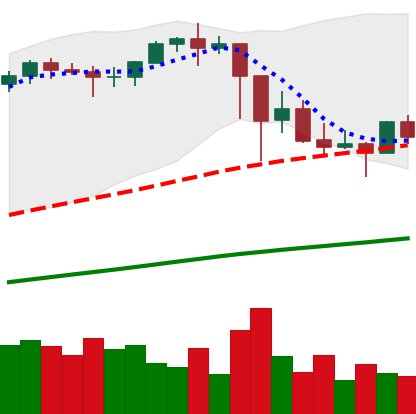
Ticker: ETH-USD
Chart end date: 2021-03-02
Forward return: 15.446%
Label: up_7plus